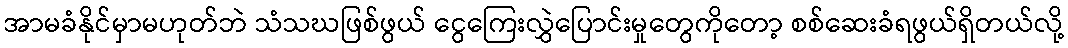
အာမခံနိုင်မှာမဟုတ်ဘဲ သံသဃဖြစ်ဖွယ် ငွေကြေးလွှဲပြောင်းမှုတွေကိုတော့ စစ်ဆေးခံရဖွယ်ရှိတယ်လို့